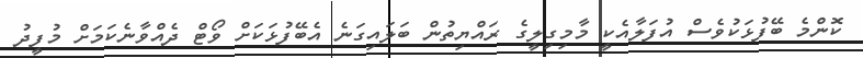
ކޮންމެ ބޭފުޅަކުވެސް އުފަލާއެކީ މާމިގިލީގެ ރައްޔިތުން ބަލައިގަނެ އެބޭފުޅަކަށް ވޯޓް ދެއްވާނެކަމަށް މުފީދު